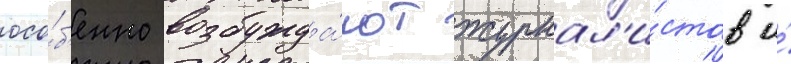
осо́б'енно возбужда́ют журнал'и́стов и́